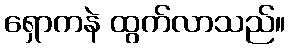
ရှောကနဲ ထွက်လာသည်။